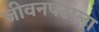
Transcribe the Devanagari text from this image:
जीवनपटाला